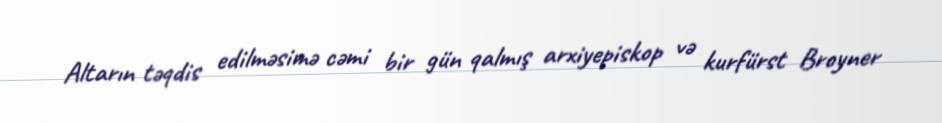
Altarın təqdis edilməsimə cəmi bir gün qalmış arxiyepiskop və kurfürst Broyner